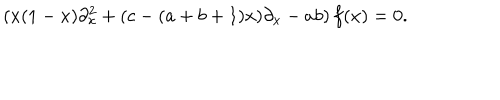
LaTeX: ( x ( 1 - x ) \partial _ { x } ^ { 2 } + ( c - ( a + b + 1 ) x ) \partial _ { x } - a b ) \, f ( x ) = 0 .